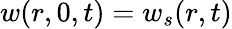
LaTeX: w(r,0,t)=w_{s}(r,t)